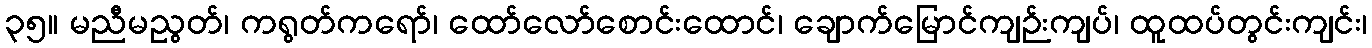
၃၅။ မညီမညွတ်၊ ကရွတ်ကရော်၊ ထော်လော်စောင်းထောင်၊ ချောက်မြောင်ကျဉ်းကျပ်၊ ထူထပ်တွင်းကျင်း၊